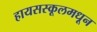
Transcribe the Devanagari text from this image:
हायसस्कूलमधून